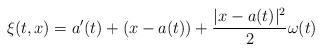
LaTeX: \begin{align*}\xi(t,x) = a'(t) + (x - a(t)) + \frac{|x-a(t)|^{2}}{2} \omega(t)\end{align*}